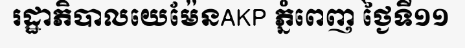
រដ្ឋាភិបាលយេម៉ែនAKP ភ្នំពេញ ថ្ងៃទី១១